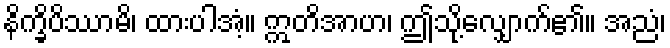
နိက္ခိပိဿာမိ၊ ထားပါအံ့။ ဣတိအာဟ၊ ဤသို့လျှောက်၏။ အညံ၊